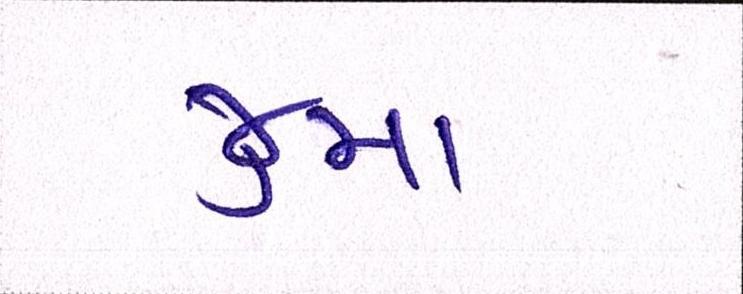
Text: જુમા